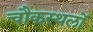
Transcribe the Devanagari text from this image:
चौकस्थलों